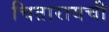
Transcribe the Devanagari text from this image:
चितारायची